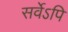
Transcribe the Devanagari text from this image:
सर्वेऽपि